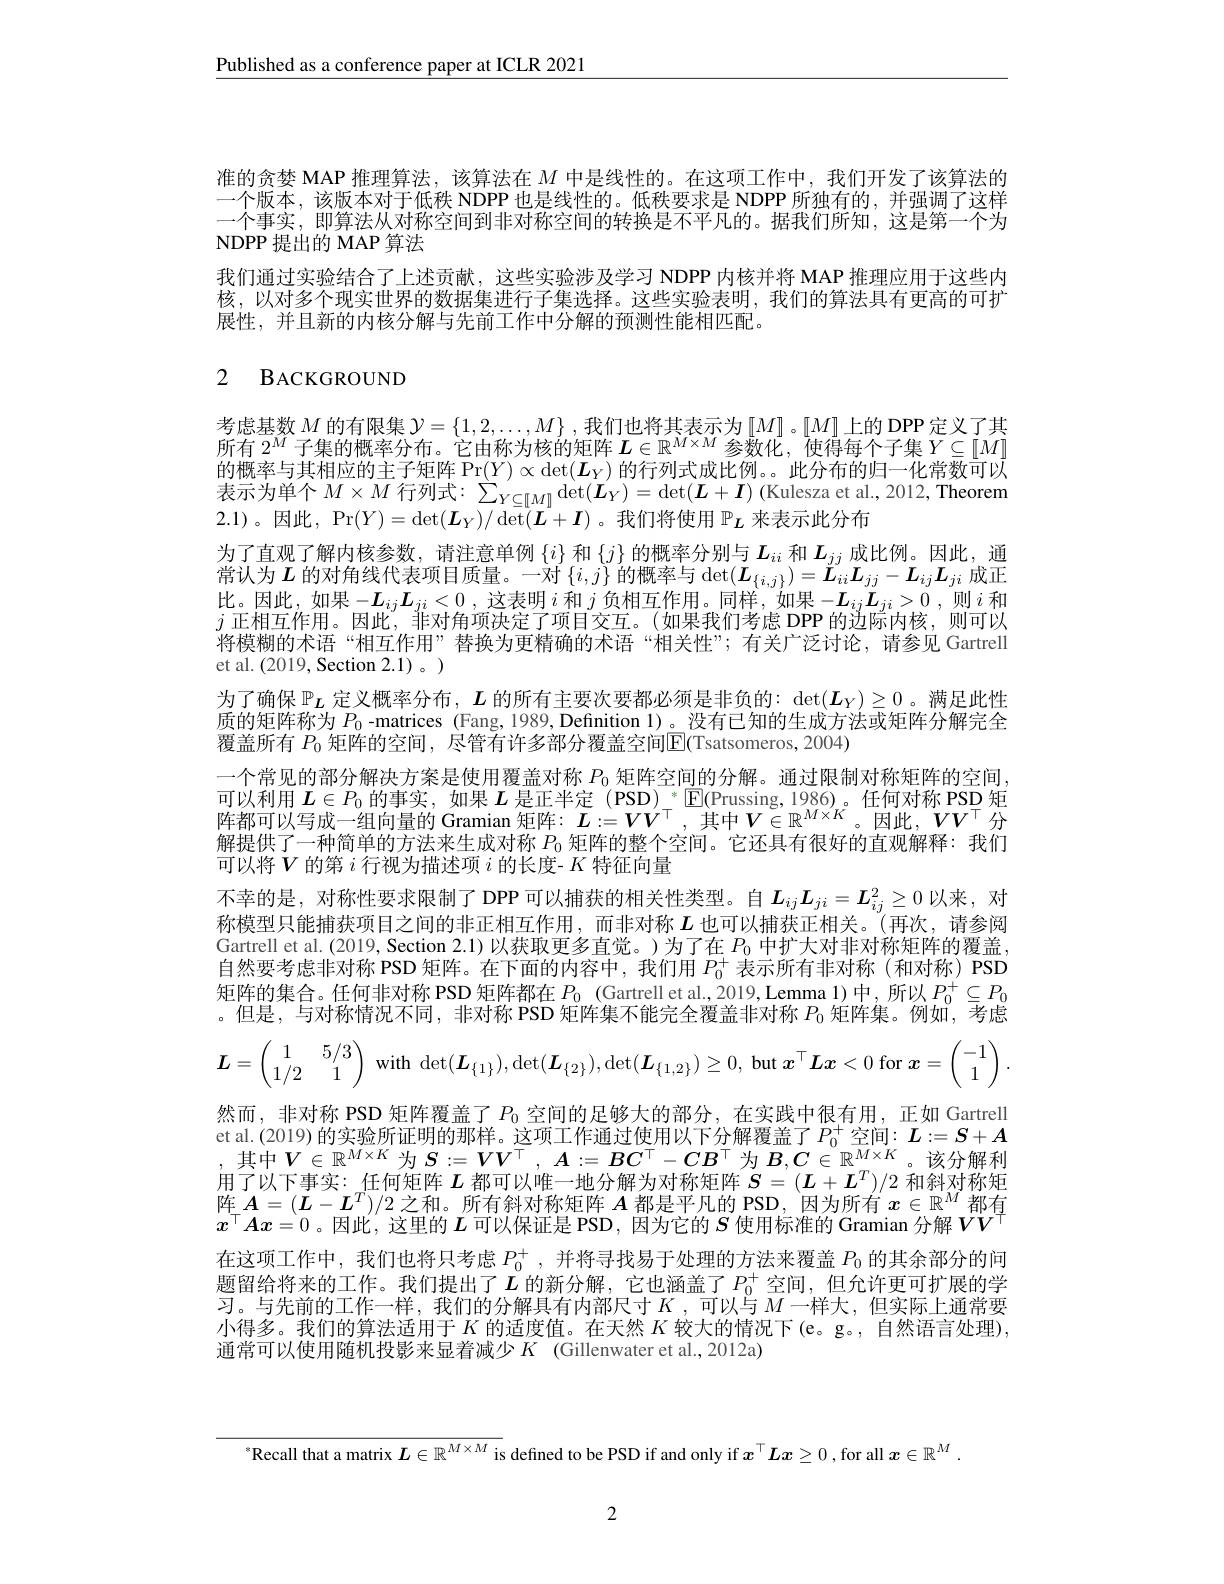
$\underline{\text{Published as a conference paper at ICLR 2021}}$

准的贪婪 MAP 推理算法，该算法在$M$中是线性的。在这项工作中，我们开发了该算法的一个版本，该版本对于低秩 NDPP 也是线性的。低秩要求是 NDPP 所独有的，并强调了这样一个事实，即算法从对称空间到非对称空间的转换是不平凡的。据我们所知，这是第一个为NDPP 提出的 MAP 算法
我们通过实验结合了上述贡献，这些实验涉及学习 NDPP 内核并将 MAP 推理应用于这些内核，以对多个现实世界的数据集进行子集选择。这些实验表明，我们的算法具有更高的可扩展性，并且新的内核分解与先前工作中分解的预测性能相匹配。

# 2 BACKGROUND

考虑基数$M$的有限集$\mathcal{Y}=\left\{1,2,\ldots,M\right\}$,我们也将其表示为$\left[M\right]$ 。$\left[M\right]$上的 DPP 定义了其所有$2^M$子集的概率分布。它由称为核的矩阵$\boldsymbol{L}\in\mathbb{R}^M\times M$参数化，使得每个子集$Y\subseteq[M]$ 的 概 率 与 其 相 应 的 主 子 矩 阵 Pr$( Y) \propto \det ( L_Y)$ 的 行 列 式 成 比 例 。。此 分 布 的 归 一 化 常 数 可 以 表 示 为 单 个 $M\times M$ 行 列 式 : $\sum _{Y\subseteq [ M] }\det ( L_Y) = \det ( L+ \boldsymbol{I})$ ( Kulesza et al. , 2012, Theorem ais anis anis 2.1)。因此，Pr$(Y)=\det(\boldsymbol{L}_Y)/\det(\boldsymbol{L}+\boldsymbol{I})$。我们将使用 $\mathbb{P}_L$ 来表示此分布
为了直观了解内核参数，请注意单例$\{i\}$和$\{j\}$的概率分别与$L_{ii}$和$L_{\underline{j}j}$成比例。因此，通常认为$L$ 的对角线代表项目质量。一对 $\{i,j\}$ 的概率与$\det(\boldsymbol{L}_{\{i,j\}})=\ddot{\boldsymbol{L}}_{ii}\boldsymbol{L}_{jj}-\boldsymbol{L}_{ij}\boldsymbol{L}_{ji}$成正比。因此，如果$-\boldsymbol L_ij\boldsymbol L_{ji}<0$ ,这表明$i$和$j$负相互作用。同样，如果$-\boldsymbol L_ij\boldsymbol L_{ji}>0$ ,则$i$和$j$正相互作用。因此，菲对角项决定了项目交互。(如果我们考虑 DPP 的边际内核，则可以将模糊的术语“相互作用”替换为更精确的术语“相关性”;有关广泛讨论，请参见 Gartrell et al. (2019, Section 2.1)。)
为了确保$\mathbb{P}_L$定义概率分布，$L$的所有主要次要都必须是非负的：$\det(\boldsymbol{L}_Y)\geq0$。满足此性质的矩阵称为$P_0$ -matrices (Fang, 1989, Definition 1)。没有已知的生成方法或矩阵分解完全覆盖所有 $P_0$ 矩阵的空间，尽管有许多部分覆盖空间$\overline{\mathbb{E}}($Tsatsomeros,2004)
一个常见的部分解决方案是使用覆盖对称$P_{0}$矩阵空间的分解。通过限制对称矩阵的空间，
$L\in P_{0}$
阵都可以写成一组向量的 Gramian 矩阵：$L:=VV^\top$, 其中$V\in\mathbb{R}^M\times K$。因此$,VV^\top$ 分解提供了一种简单的方法来生成对称$P_{0}$矩阵的整个空间。它还具有很好的直观解释：我们可以将$V$的第$i$行视为描述项$i$的长度- $K$特征向量
不幸的是，对称性要求限制了 DPP 可以捕获的相关性类型。自$L_{ij}L_{ji}=\boldsymbol{L}_{ij}^2\geq0$以来，对称模型只能捕获项目之间的非正相互作用，而非对称$L$也可以捕获正相关。(再次，请参阅Gartrell et al.(2019, Section 2.1) 以获取更多直觉。)为了在$P_0$中扩大对非对称矩阵的覆盖. 自然要考虑非对称 PSD 矩阵。在下面的内容中，我们用$P_0^+$表示所有非对称(和对称) PSD 矩阵的集合。任何非对称 PSD 矩阵都在$P_0$ (Gartrell et al.,2019,Lemma 1)中，所以$P_0^+\subseteq P_0$ 。但是，与对称情况不同，非对称 PSD 矩阵集不能完全覆盖非对称$P_0$矩阵集。例如，考虑
$$\boldsymbol{L}=\begin{pmatrix}1&5/3\\1/2&1\end{pmatrix}\:\mathrm{with}\:\det(\boldsymbol{L}_{\{1\}}),\det(\boldsymbol{L}_{\{2\}}),\det(\boldsymbol{L}_{\{1,2\}})\geq0,\:\mathrm{but}\:\boldsymbol{x}^{\top}\boldsymbol{L}\boldsymbol{x}<0\:\mathrm{for}\:\boldsymbol{x}=\begin{pmatrix}-1\\1\end{pmatrix}$$
然而，非对称 PSD 矩阵覆盖了$P_0$空间的足够大的部分，在实践中很有用，正如 Gartrell et al. (2019) 的实验所证明的那样。这项工作通过使用以下分解覆盖了$P_0^+$空间：$\boldsymbol{L}:=S+A$
$V\in\mathbb{R}^{M\times K}$ 为$S:=VV^\top,A:=BC^\top-CB^\top$ 为$B,C\in\mathbb{R}^M\times K$
该分解利
用了以下事实：任何矩阵$L$都可以唯一地分解为对称矩阵$S=(L+L^T)/2$和斜对称矩阵$_\top A=(L-L^T)/2$之和。所有斜对称矩阵 $A$ 都是平凡的 PSD,因为所有 $x\in\mathbb{R}^M$ 都有$x^\top Ax=0$ 。因此$^\prime$,这里的$L$ 可以保证是 PSD, 因为它的 $S$ 使用标准的 Gramian 分解$VV^\top$ 在这项工作中，我们也将只考虑$P_0^+$,并将寻找易于处理的方法来覆盖$P_0$的其余部分的问题留给将来的工作。我们提出了$L$ 的新分解，它也涵盖了$P_0^+$ 空间，但允许更可扩展的学习。与先前的工作一样，我们的分解具有内部尺寸$K$,可以与 $M$ 一样大，但实际上通常要小得多。我们的算法适用于$K$的适度值。在天然$K$较大的情况下(e。g。,自然语言处理), 通常可以使用随机投影来显着减少$K$ (Gillenwater et al.,2012a)

$^{*}$Recall that a matrix $L\in\mathbb{R}^{M\times M}$ is defined to be PSD if and only if $x^\top Lx\geq0$ ,for all $x\in\mathbb{R}^M.$

2